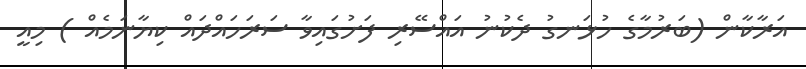
އަރާކާން (ބަރުމާގެ ހުޅަނގު ދެކުނު އައްސޭރި ފަށުގައިވާ ސަރަހައްދައް ކިޔާނަމެއް ) މިއީ